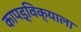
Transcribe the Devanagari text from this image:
कापड्विक्याला